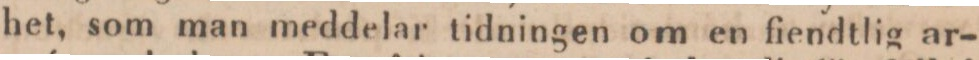
het, som man meddelar tidningen om en fiendtlig ar-